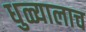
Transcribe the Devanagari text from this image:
धुळ्यालाच